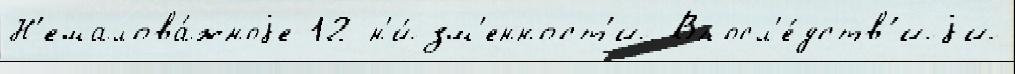
Н'емалова́жноjе 12 н'и́зм'енност'и Впосл'е́дств'иjи